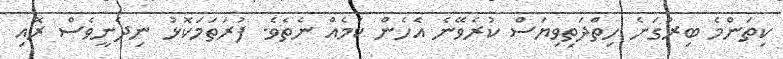
ކިތަންމެ ބިރުގަނެ ހިތްދަތިވިޔަސް ކުރެވޭނެ އެހެން ކަމެއް ނެތެވެ. ފުރަތަމަކޮޅު ނިދެނީވެސް ރޮއި